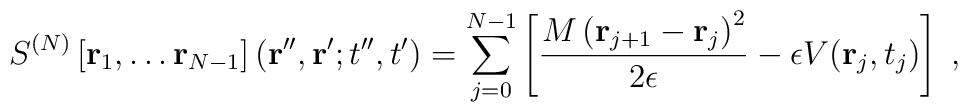
S^{(N)}   \left[ {\bf r}_{1},\dots{\bf r}_{N-1}\right]  ({\bf r}'', {\bf r}' ; t'',t')  =\sum_{j=0}^{N-1}\left[\frac{  M  \left( {\bf r}_{j+1}- {\bf r}_{j}  \right)^{2}}{2\epsilon} -\epsilon V({\bf r}_{j}, t_{j})\right]\; ,